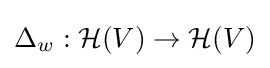
\Delta _{w}:{\mathcal {H}}(V)\rightarrow {\mathcal {H}}(V)